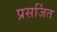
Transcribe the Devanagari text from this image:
प्रसर्जित